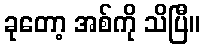
ခုတော့ အစ်ကို သိပြီ။